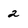
Character: 2